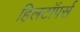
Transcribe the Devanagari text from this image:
हिलटॉपर्स